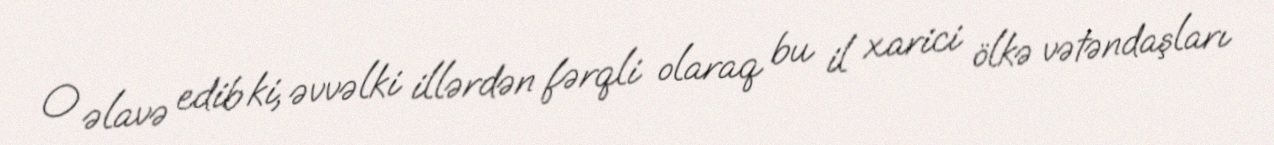
O əlavə edib ki, əvvəlki illərdən fərqli olaraq bu il xarici ölkə vətəndaşları